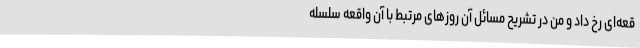
قعه‌ای رخ داد و من در تشریح مسائل آن روزهای مرتبط با آن واقعه سلسله‌